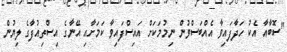
"ސޮބާއާ އެކު ހަދާފައިވާ އެއްބަސްވުން ނިމުމަކަށް އައިސްފައިވާ ކަމަށާއި އޭނާގެ އިސްތިއުފާގެ ލިޔުން